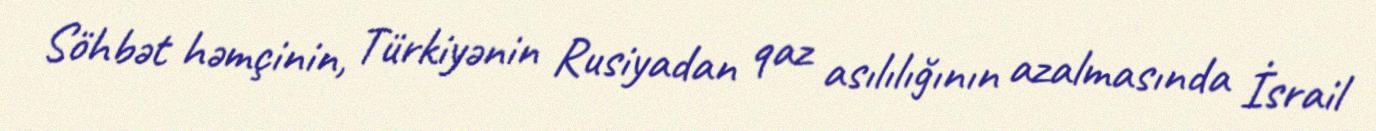
Söhbət həmçinin, Türkiyənin Rusiyadan qaz asılılığının azalmasında İsrail